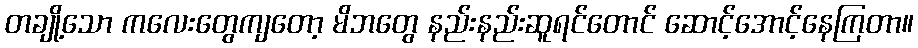
တချို့သော ကလေးတွေကျတော့ မိဘတွေ နည်းနည်းဆူရင်တောင် ဆောင့်အောင့်နေကြတာ။